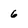
Character: 6